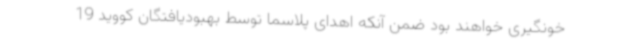
خونگیری خواهند بود ضمن آنکه اهدای پلاسما توسط بهبودیافتگان کووید 19